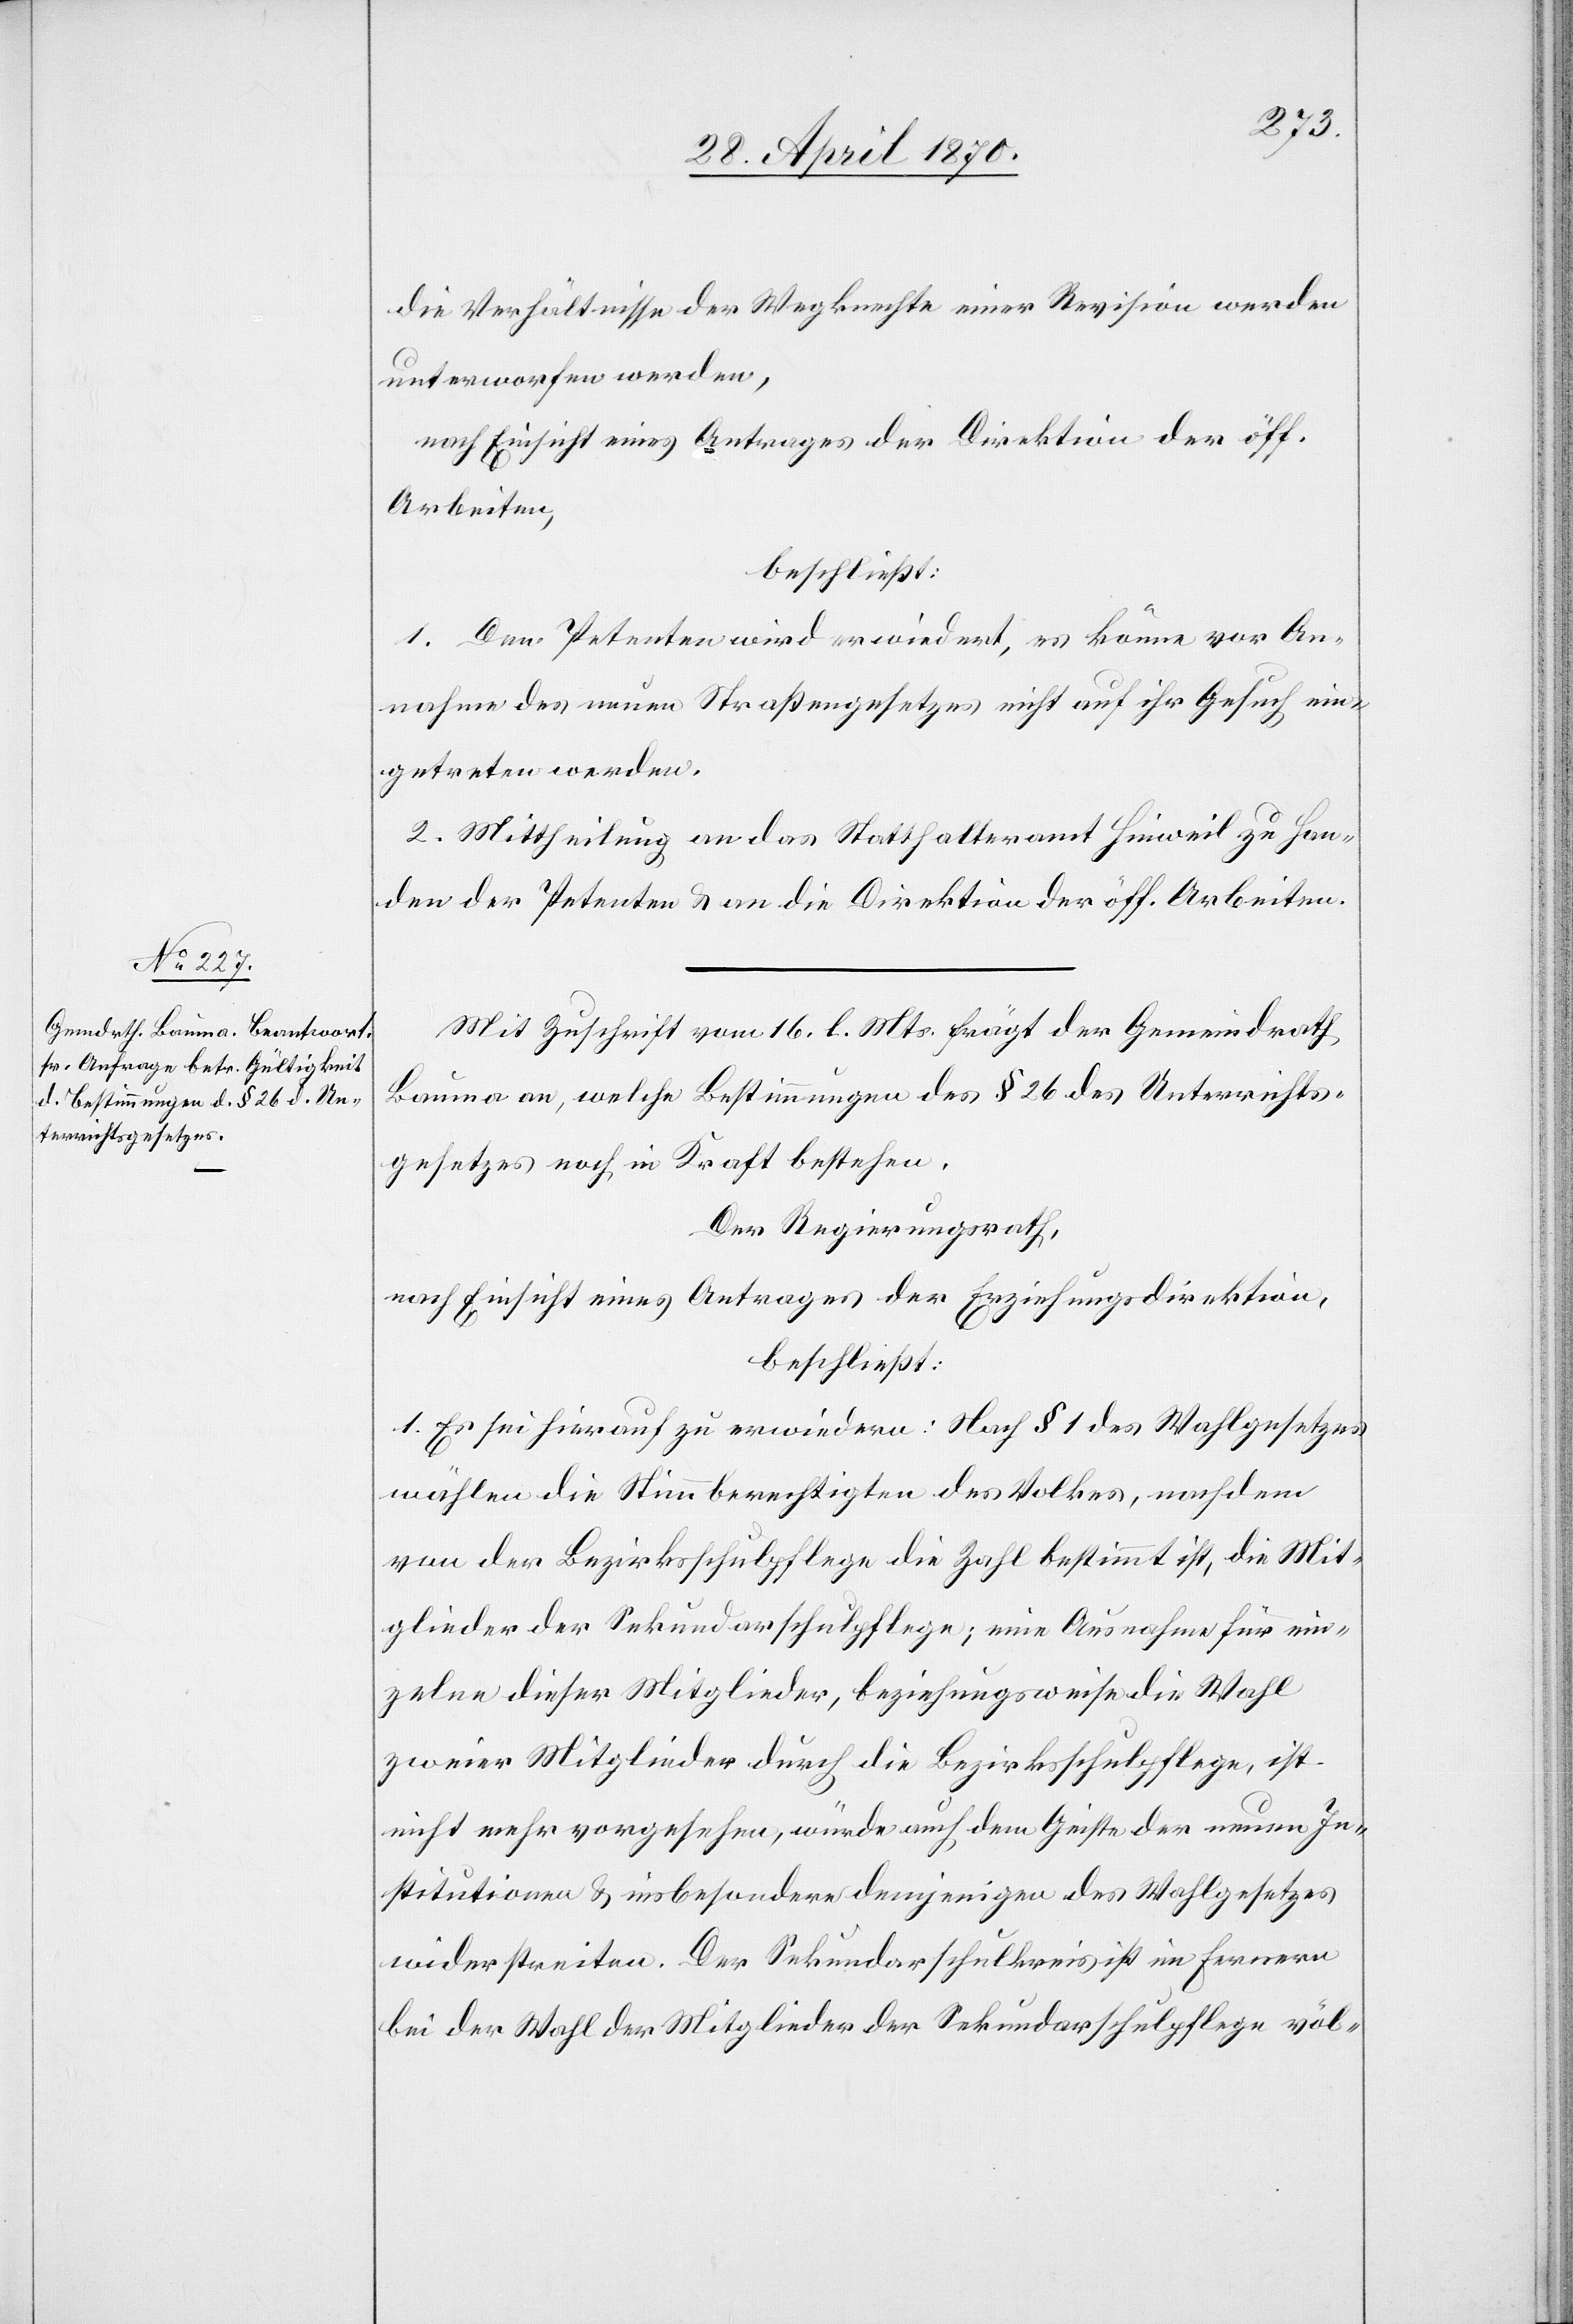
die Verhältnisse der Wegknechte einer Revision werden
unterworfen werden,
nach Einsicht eines Antrages der Direktion der öff.
Arbeiten,
beschließt:
1. Dem Petenten wird erwiedert, es könne vor An¬
nahme des neuen Straßengesetzes nicht auf ihr Gesuch ein¬
getreten werden.
2. Mittheilung an das Statthalteramt Hinweil zu Han¬
den der Petenten & an die Direktion der öff. Arbeiten.
Mit Zuschrift vom 16. l. Mts. frägt der Gemeindrath
Bauma an, welche Bestimmungen des § 26 des Unterrichts¬
gesetzes noch in Kraft bestehe.
Der Regierungsrath,
nach Einsicht eines Antrages der Erziehungsdirektion,
beschließt:
1. Es sei hierauf zu erwiedern: Nach § 1 des Wahlgesetzes
wählen die Stimmberechtigten des Volkes, nachdem
von der Bezirksschulpflege die Zahl bestimmt ist, die Mit¬
glieder der Sekundarschulpflege; eine Ausnahme für ein¬
zelne dieser Mitglieder, beziehungsweise die Wahl
zweier Mitglieder durch die Bezirksschulpflege, ist
nicht mehr vorgesehen, würde auch dem Geiste der neuen In¬
stitutionen & insbesondere demjenigen des Wahlgesetzes
widerstreiten. Der Sekundarschulkreis ist im Fernern
bei der Wahl der Mitglieder der Sekundarschulpflege völ-